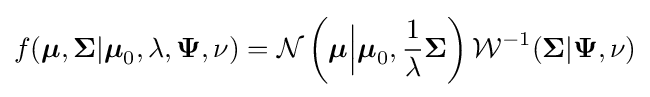
f({\boldsymbol {\mu }},{\boldsymbol {\Sigma }}|{\boldsymbol {\mu }}_{0},\lambda ,{\boldsymbol {\Psi }},\nu )={\mathcal {N}}\left({\boldsymbol {\mu }}{\Big |}{\boldsymbol {\mu }}_{0},{\frac {1}{\lambda }}{\boldsymbol {\Sigma }}\right){\mathcal {W}}^{-1}({\boldsymbol {\Sigma }}|{\boldsymbol {\Psi }},\nu )